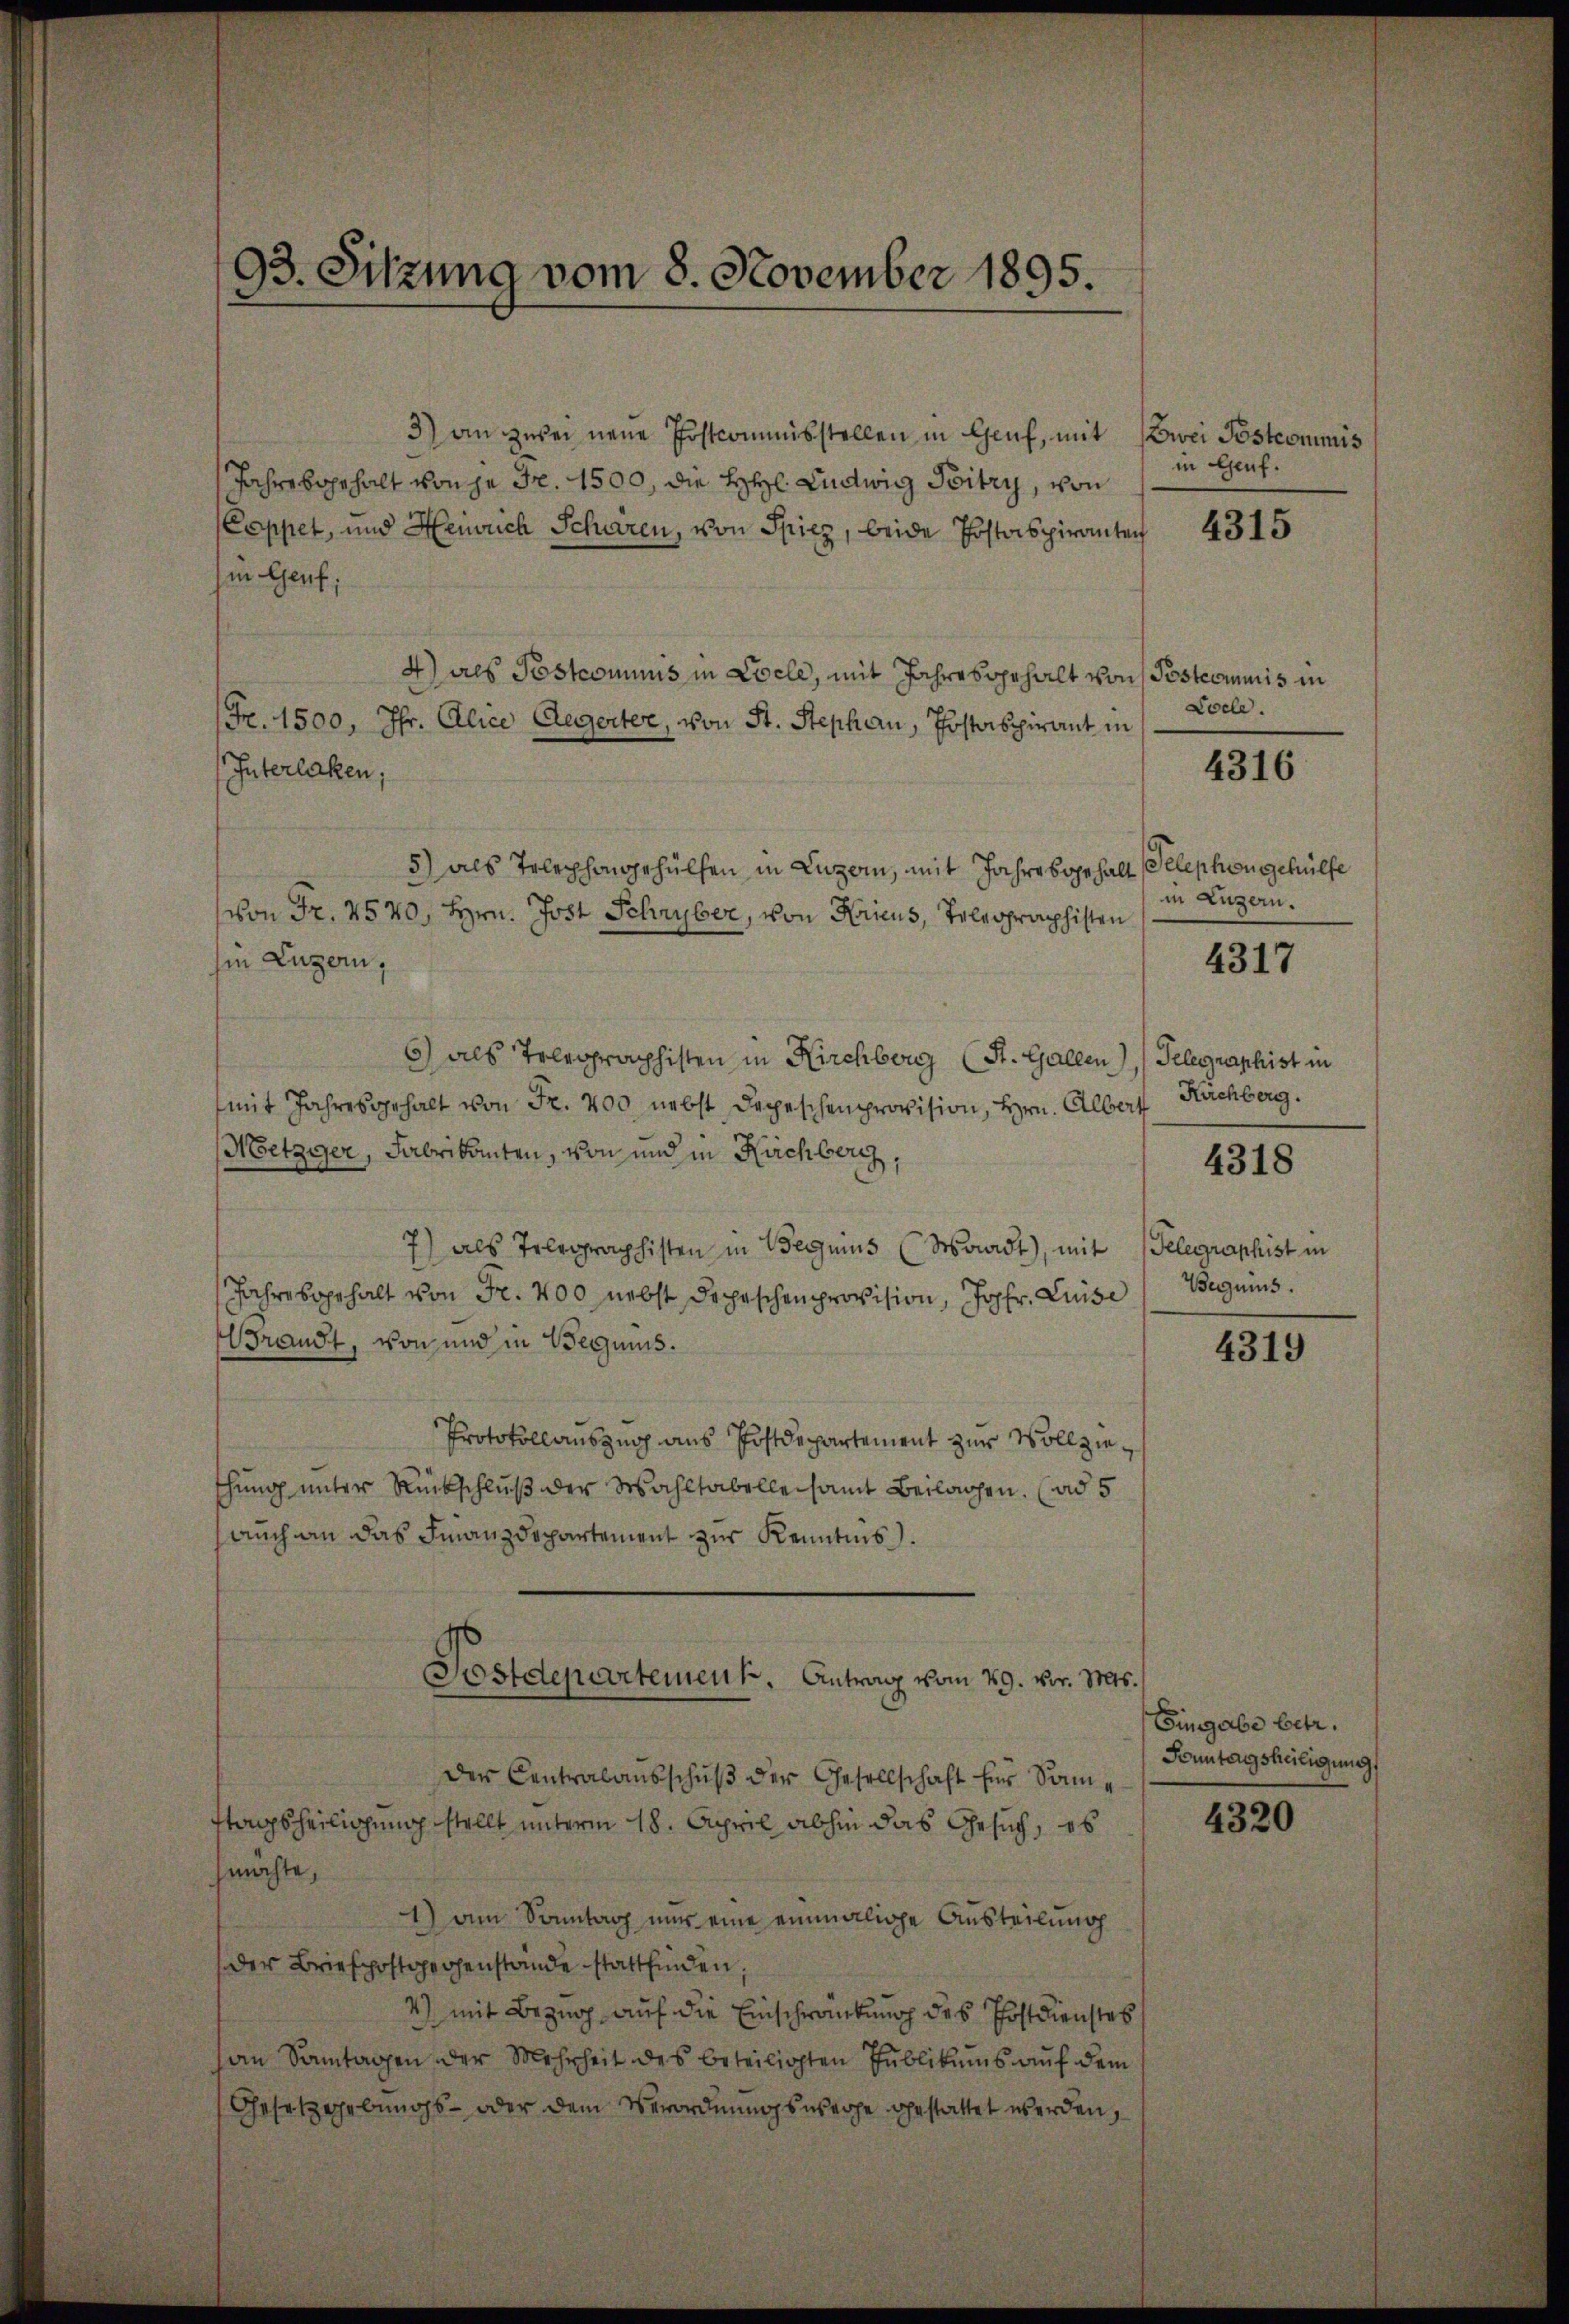
3) an zwei neue Postcommisstellen in Genf, mit
Jahre behalt von je Fr. 1500, die Hr. Ludwig Toitry, von
(Coppet, und Heinrich Scharen, von Spiez, beide Postaspiranten
in Genf;
4) als Postcommis in Coele, mit Jahresgehalt von Postcommis in
Fr. 1500, Jhr. Alice Aegerter, von St. Stephan, Postaspirant in
Interlaken,
5) als Telephongehülfen in Luzern, mit Jahresgehalt Telephon gehülfe
von Fr. 2570, Hrn. Jost Schryber, von Kricus, Telegraphisten
hin Luzern,
6) als Telegraphisten in Kirchberg (St. Gallen), Gelegraphist in
(mit Jahresgehalt von Fr. 400 nebst Depeschenprovision, Hrn. Albert Nachberg.
Metzger, Fabrikanten, von und in Kirchberg,
7) als Telegraphisten in Beguins (Waadt), mit Gelegraphist in
Jahresgehalt von Fr. 400 nebst Depeschenprovision, Josfr. Luise
Brandt, von und in Beguis.
Protokollauszug aus Postdepartement zur Vollziethung unter Rückschluß der Wahltabelleisamt Beilagen. (ad 5
auch an das Finanzdepartement zur Kenntnis.
Postdepartement. Antrag vom 29. vor. Mts.
der Centralausschuß der Gesellschaft für Somttagsheiligung stellt unterm 18. April abhin das Gesuch, ob
machte,
1) am Sonntag nur eine einmalige Austeilung
der Briefpostgegenstände stattfinden,
4) mit Bezug auf die Einschränkung des Postdienstes
an Santagen, der Mehrheit des beteiligten Publikums auf dem
Gesetzgebungs- oder dem Verordnungswege gestattet werden,

93. Sitzung vom 8. November 1895.

Zwei Postcommis
in Genf.

4315

Coele.

4316

in Luzern.

4317

4318

Begnis.

4319

Eingabe betr.
Sonntagsheiligung

4320